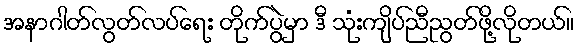
အနာဂါတ်လွတ်လပ်ရေး တိုက်ပွဲမှာ ဒီ သုံးကျိပ်ညီညွတ်ဖို့လိုတယ်။